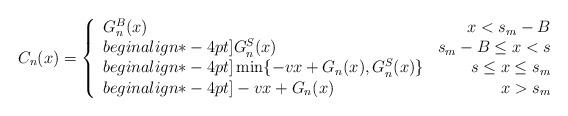
LaTeX: \begin{align*}C_n(x)=\left\{\begin{array}{lrlr}G^B_n(x)&x< s_m-B\\begin{align*}-4pt]G^S_n(x)&s_m-B \leq x < s \\begin{align*}-4pt]\min\{-vx+G_n(x),G^S_n(x)\}&s \leq x \leq s_m\\begin{align*}-4pt]-vx+G_n(x)&x> s_m\end{array}\right.\end{align*}